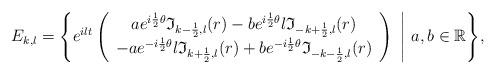
LaTeX: \begin{align*}E_{k,l}=\Bigg\{e^{ilt}\left( \begin{array}{c}ae^{i\frac{1}{2}\theta}\mathfrak{I}_{k-\frac{1}{2},l}(r)-be^{i\frac{1}{2}\theta}l\mathfrak{I}_{-k+\frac{1}{2},l}(r)\\-ae^{-i\frac{1}{2}\theta}l\mathfrak{I}_{k+\frac{1}{2},l}(r)+be^{-i\frac{1}{2}\theta}\mathfrak{I}_{-k-\frac{1}{2},l}(r)\end{array} \right)\mbox{ }\Bigg| \mbox{ }a,b\in\mathbb{R}\Bigg\},\end{align*}